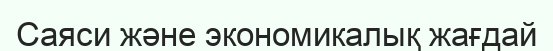
Саяси және экономикалық жағдай